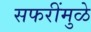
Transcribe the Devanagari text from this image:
सफरींमुळे